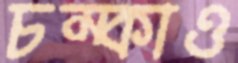
চম্‌কাও